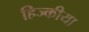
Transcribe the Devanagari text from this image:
हिज्कीया